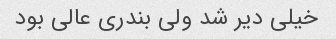
خیلی دیر شد ولی بندری عالی بود